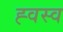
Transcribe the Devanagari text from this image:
ह्वस्व